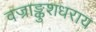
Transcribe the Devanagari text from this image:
वज्राङ्कुशधराय